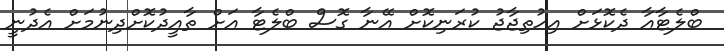
ބްލެޓާއާ ދެކޮޅަށް އިހުތިޖާޖު ކުރަނިކޮށް އޭނާ ގޮސް ބްލެޓާ އަށް ތާއީދުކޮށްދިނުމަށް އެދުނީ